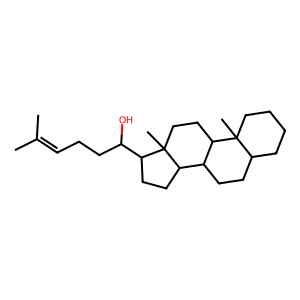
SMILES: CC(C)=CCCC(O)C1CCC2C3CCC4CCCCC4(C)C3CCC12C
Inhibits HIV replication: No